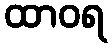
ထာဝရ